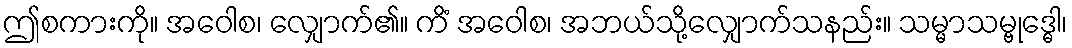
ဤစကားကို။ အဝေါစ၊ လျှောက်၏။ ကိံ အဝေါစ၊ အဘယ်သို့လျှောက်သနည်း။ သမ္မာသမ္ဗုဒ္ဓေါ၊